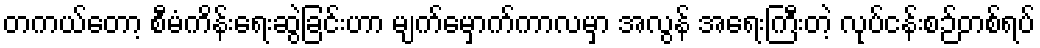
တကယ်တော့ စီမံကိန်းရေးဆွဲခြင်းဟာ မျက်မှောက်ကာလမှာ အလွန် အရေးကြီးတဲ့ လုပ်ငန်းစဉ်တစ်ရပ်